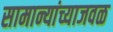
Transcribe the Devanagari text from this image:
सामान्यांच्याजवळ